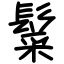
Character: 䰂